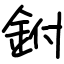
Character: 鉜